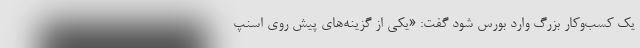
یک کسب‌و‌کار بزرگ وارد بورس شود گفت: «یکی از گزینه‌های پیش روی اسنپ